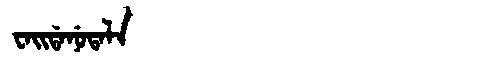
Manchu: ᠸᠠᡳᡩᠠᠨᡠᡨᠠᠯᠠ
Romanization: WAIDANUTALA